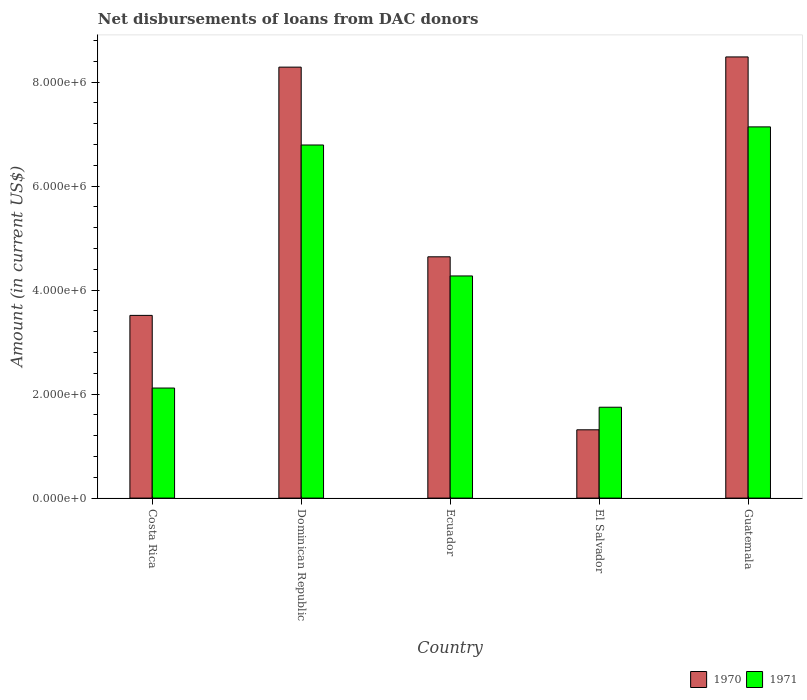
| Country | 1970 | 1971 |
 | --- | --- | --- |
 | Costa Rica | 3.51e+06 | 2.12e+06 |
 | Dominican Republic | 8.29e+06 | 6.79e+06 |
 | Ecuador | 4.64e+06 | 4.27e+06 |
 | El Salvador | 1.31e+06 | 1.75e+06 |
 | Guatemala | 8.48e+06 | 7.14e+06 |